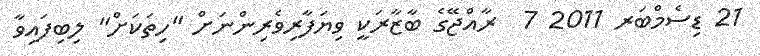
21 ޑިސެމްބަރ 2011 7  ރާއްޖޭގެ ބާޒާރަކީ ވިޔަފާރިވެރިންނަށް "ހިތަކަށް" ލިބިފައިވާ